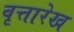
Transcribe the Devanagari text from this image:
वृत्तारेख